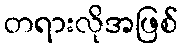
တရားလိုအဖြစ်